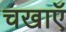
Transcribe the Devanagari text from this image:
चखाएॅ